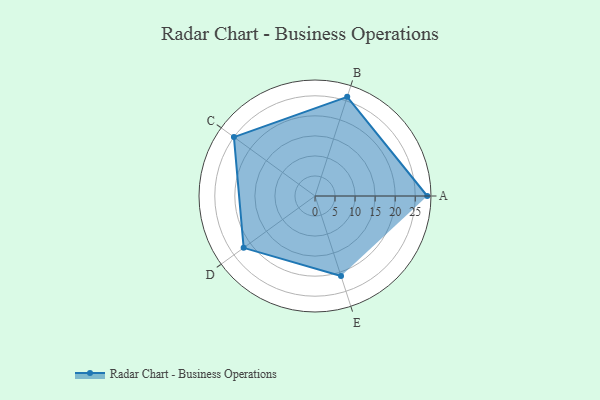
{"axis": {"x": "Skill", "y": "Score"}, "legend": ["Profile"], "data": [{"x": "A", "y": 28.0, "type": "Profile"}, {"x": "B", "y": 26.0, "type": "Profile"}, {"x": "C", "y": 25.0, "type": "Profile"}, {"x": "D", "y": 22.0, "type": "Profile"}, {"x": "E", "y": 21.0, "type": "Profile"}]}